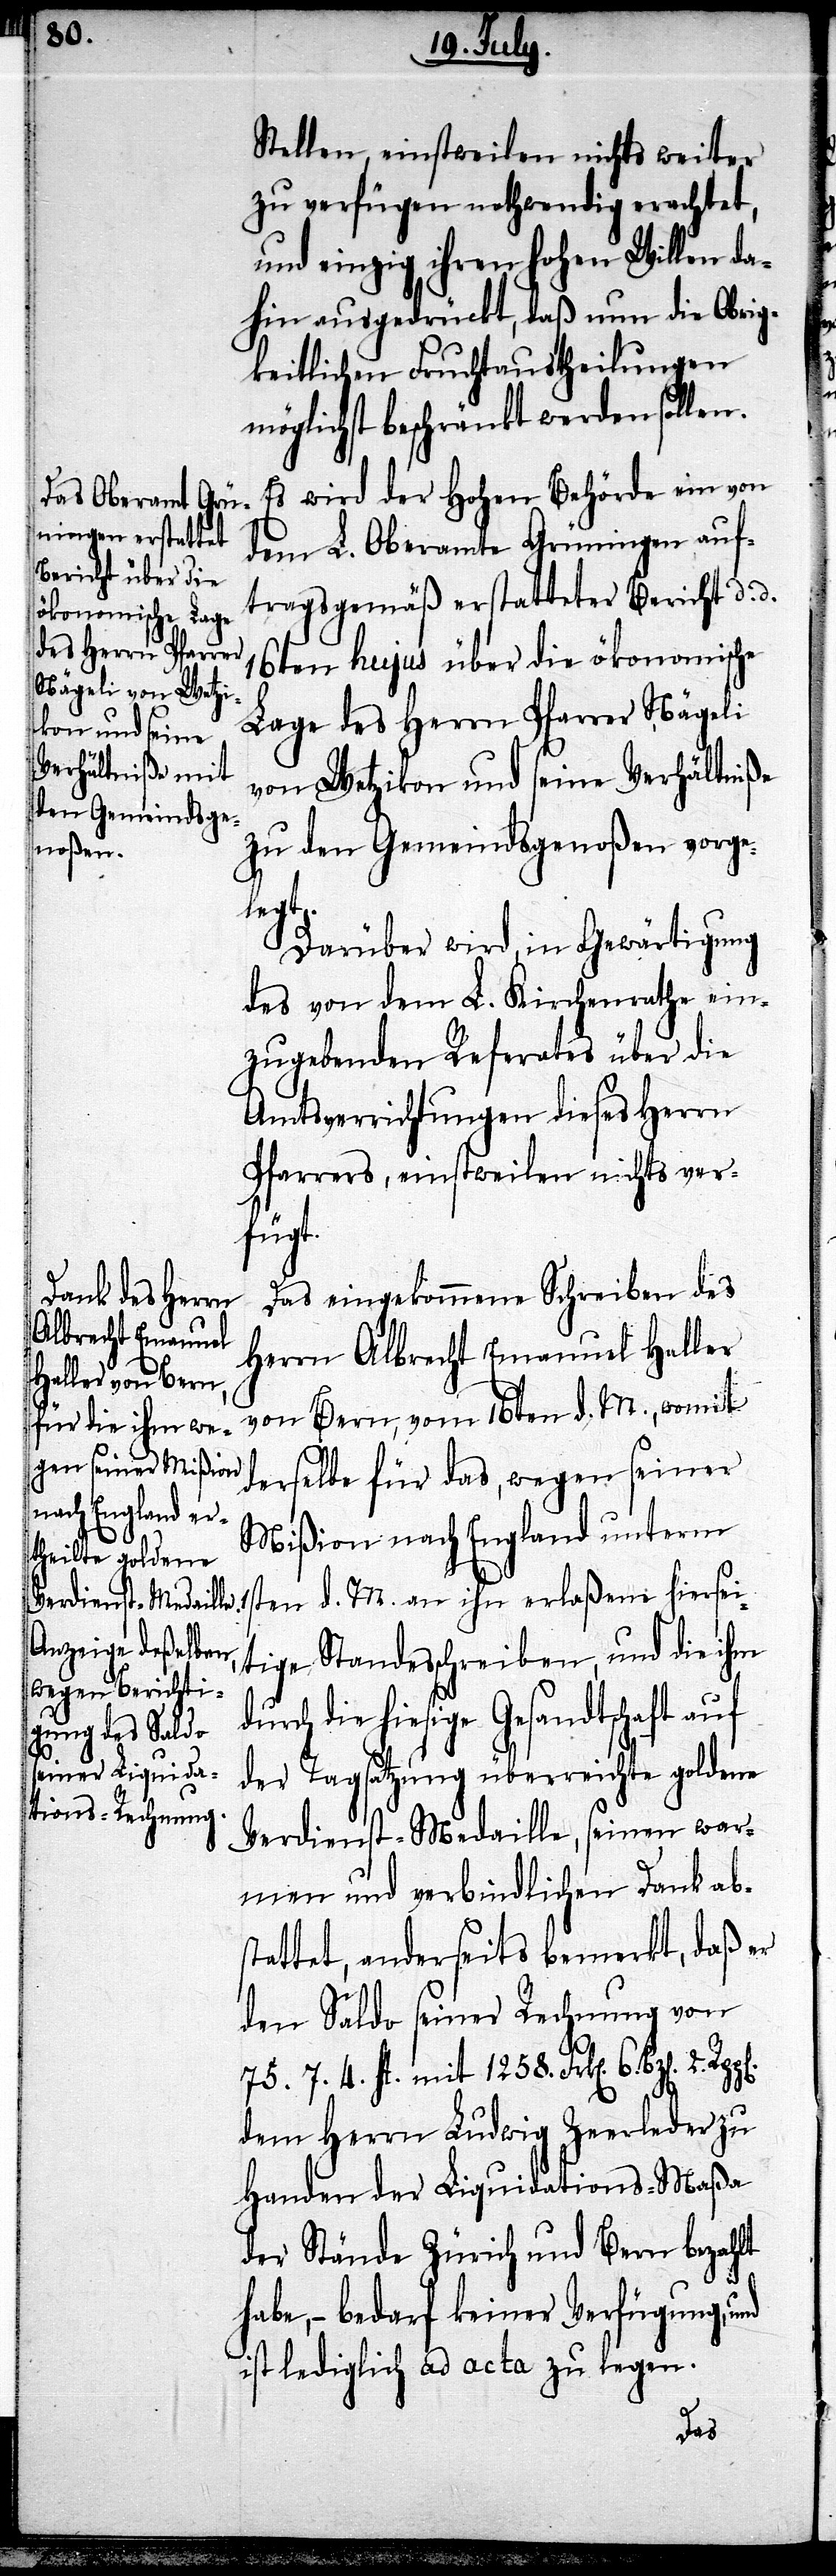
Stellen, einstweilen nichts weiter
zu verfügen nothwendig erachtet,
und einzig ihren hohen Willen da¬
hin ausgedrückt, daß nun die Obrig¬
keitlichen Fruchtaustheilungen
möglichst beschränkt werden sollen.
Es wird der Hohen Behörde ein von
dem L. Oberamte Grüningen auf¬
tragsgemäß erstatteter Bericht d. d.
16ten hujus über die ökonomische
Lage des Herrn Pfarrer Nägeli
von Wetzikon und seine Verhältniße
zu den Gemeindsgenoßen vorge¬
legt.
Darüber wird, in Gewärtigung
des von dem L. Kirchenrathe ein¬
zugebenden Referates über die
Amtsverrichtungen dieses Herrn
Pfarrers, einstweilen nichts ver¬
fügt.
Das eingekommene Schreiben des
Herrn Albrecht Emanuel Haller
von Bern, vom 16ten d. M., womit
derselbe für das, wegen seiner
Mißion nach England unterm
1sten d. M. an ihn erlaßene hiersei¬
tige Standesschreiben, und die ihm
durch die hiesige Gesandtschaft auf
der Tagsatzung überreichte goldene
Verdienst-Medaille, seinen war¬
men und verbindlichen Dank ab¬
stattet, anderseits bemerkt, daß er
den Saldo seiner Rechnung von
75. 7. 4. fl. mit 1258. Frk[en]. 6.
dem Herrn Ludwig Zeerlader zu
Handen der Liquidations-Maßa
der Stände Zürich und Bern bezahlt
habe, – bedarf keiner Verfügung, und
ist lediglich ad acta zu legen.